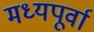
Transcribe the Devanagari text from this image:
मध्यपूर्वा